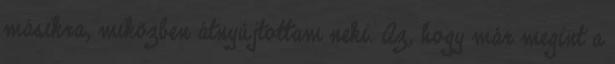
másikra, miközben átnyújtottam neki. Az, hogy már megint a